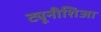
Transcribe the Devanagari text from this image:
ट्यूनीशिआ